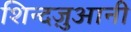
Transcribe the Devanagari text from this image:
शिन्दज़ुआनी